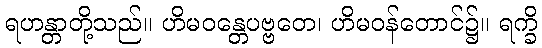
ရဟန္တာတို့သည်။ ဟိမဝန္တေပဗ္ဗတေ၊ ဟိမဝန်တောင်၌။ ရက္ခိ